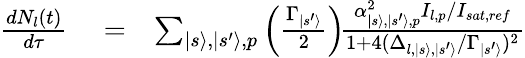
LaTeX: \begin{array}{rlr}{\frac{dN_{l}(t)}{d\tau}}&{{}=}&{\sum_{|s\rangle,|s^{\prime}\rangle,p}\left({\frac{\Gamma_{|s^{\prime}\rangle}}{2}}\right)\! {\frac{\alpha_{|s\rangle,|s^{\prime}\rangle,p}^{2}I_{l,p}/I_{sat,ref}}{1+4(\Delta_{l,|s\rangle,|s^{\prime}\rangle}/\Gamma_{|s^{\prime}\rangle})^{2}}}}\end{array}